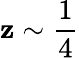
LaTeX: \mathbf{z}\sim\frac{{1}}{{4}}